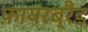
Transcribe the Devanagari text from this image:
फ़ायरब्रैंड